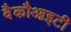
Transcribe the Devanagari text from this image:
वैकौआइटी